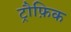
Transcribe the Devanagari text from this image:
ट्रौफ़िक